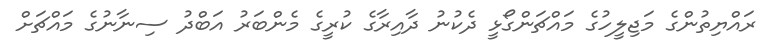
ރައްޔިތުންގެ މަޖިލީހުގެ މައްޗަންގޯޅީ ދެކުނު ދާއިރާގެ ކުރީގެ މެންބަރު އަބްދު ސިނާނުގެ މައްޗަށް